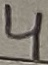
Text: 4